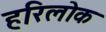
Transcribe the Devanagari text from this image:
हरिलोक